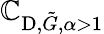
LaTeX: \mathbb{C}_{\textup{{D}},\tilde{{G}},\alpha>1}